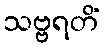
သဗ္ဗရတိံ